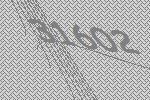
31602